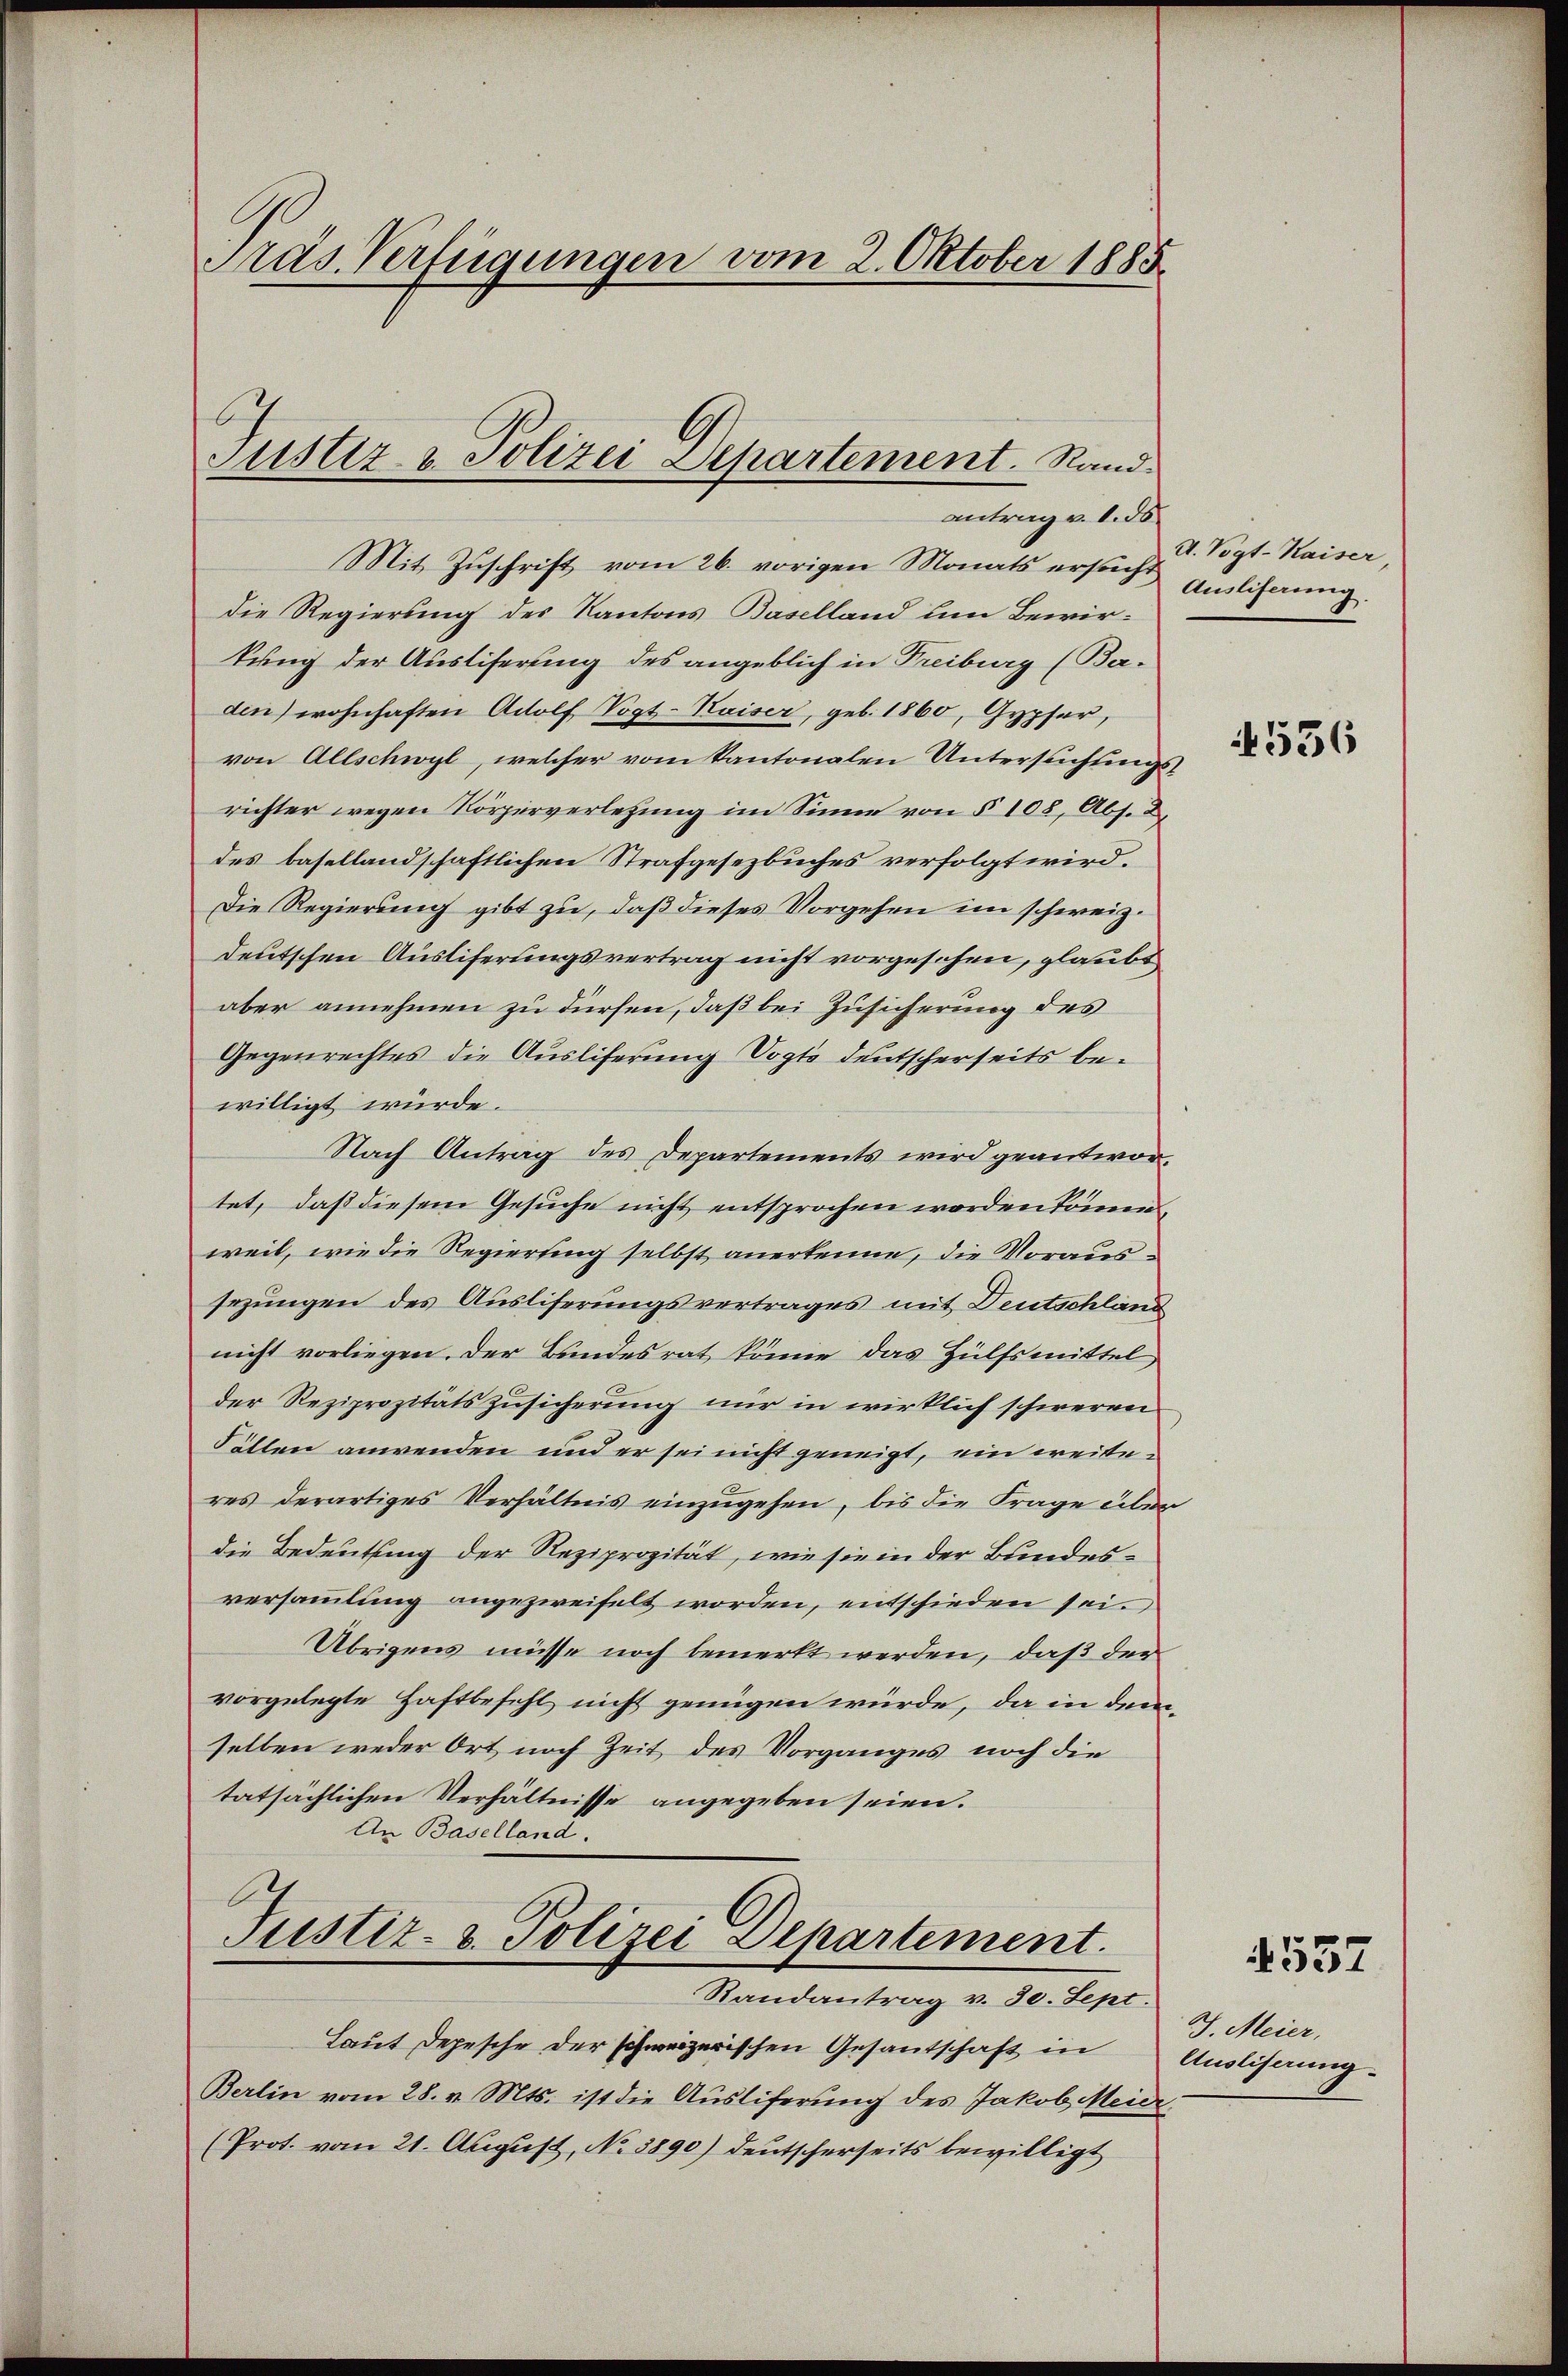
Präs. Verfügungen vom 2. Oktober 1885

Justiz- u. Polizei Separtement. Rand
antrag v. 1.50

Mit Zŭschrift vom 26. vorigen Monats ersucht u Vogt-Kaiser
die Regierung des Kantons Baselland um Bewirkung der Austiferung des angeblich in Freiburg (Baden) wohnhaften Adolf Vogt-Kaiser, geb. 1860, Gypfer,
von Allschwyl, welcher vom Kantonalen Untersuchungsrichter wegen Körperverlegung im Sinne von § 108, Abs. 2.
des basellandschaftlichen Strafgesezbuches verfolgt wird.
Die Regierung gibt zu, daß dieses Vorgehen im schweiz.
deutschen Ausliferungsvertrag nicht vorgesehen, glaubt
aber annehmen zu dürfen, daß bei Zusicherung des
Gegenrechtes die Ausliferung Vogte deutscherseits bewilligt würde.
Nach Antrag des Departements wird geantwortet, daß diesem Gesuche nicht entsprochen worden könne,
weil, wie die Regierung selbst anerkenne, die Voraussezungen des Ausliserungsvertrages mit Deutschland
nicht vorliegen. Der Bundesrat könne das Hülfsmittel,
der Reziprozitätszusicherung nur in wirklich schweren
Fällen anwenden und er sei nicht geneigt, ein weiteres derartiges Verhältnis einzŭgehen, bis die Frage über
die Bedeutung der Reziprozität, wie sie in der Bundesversammlung angezweifelt worden, entschieden sei.
Übrigens müsse noch bemerkt werden, daß der
vorgelegte Haftbefehl nicht genügen würde, da in demselben weder Ort noch Zeit des Vorganges noch die
tatsächlichen Verhältnisse angegeben seien.
An Baselland.

Justiz- & Polizei-Departement.
Randantrag v. 30. Sept.

Laut Depesche der schweizerischen Gesantschaft in
Berlin vom 28. v. Mts. ist die Ausliferung des Jakob Meier-
(Prot. vom 21. August, No. 3890) deutscherseits bewilligt

Auslieferung

4556

J. Meier,
Ausliserung.

557